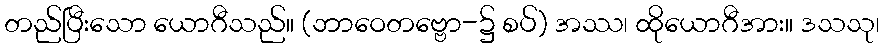
တည်ပြီးသော ယောဂီသည်။ (ဘာဝေတဗ္ဗော-၌ စပ်) အဿ၊ ထိုယောဂီအား။ ဒသသု၊